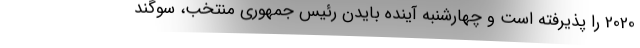
2020 را پذیرفته است و چهارشنبه آینده بایدن رئیس جمهوری منتخب، سوگند